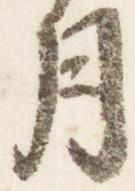
月